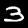
Digit: 3